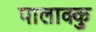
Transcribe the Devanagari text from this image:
पालाक्कु